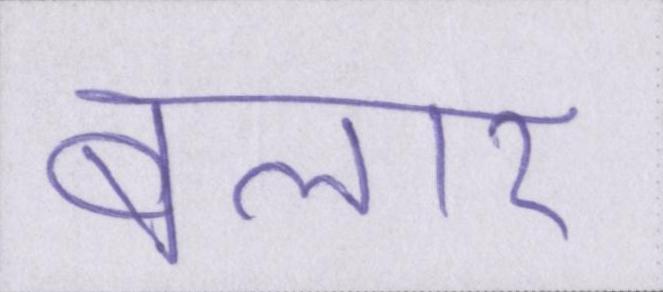
बलार